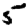
Digit: 5